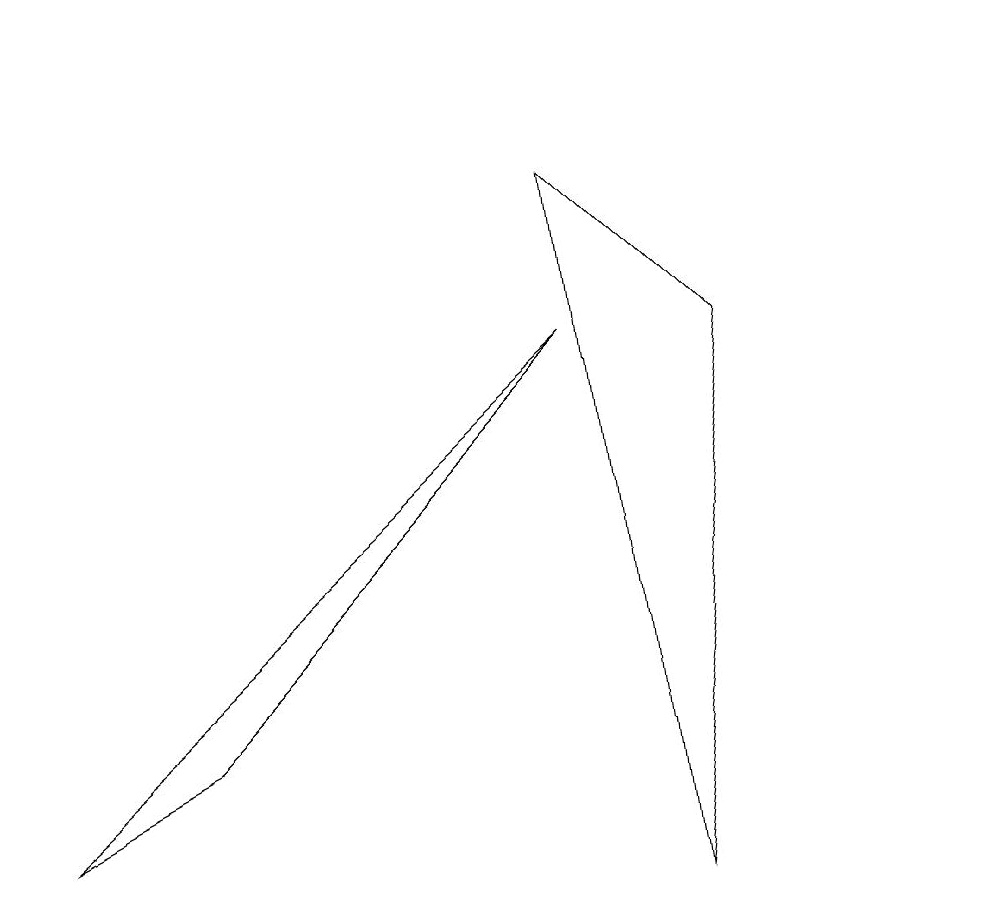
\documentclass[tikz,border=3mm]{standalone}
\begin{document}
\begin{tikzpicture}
\draw (0,1) -- (7,7) -- (2,2) -- cycle;
\draw (12,11) circle (0);
\draw (7,9) -- (9,7) -- (8,0) -- cycle;
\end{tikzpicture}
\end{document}